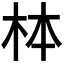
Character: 𪱻